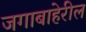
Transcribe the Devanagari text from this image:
जगाबाहेरील